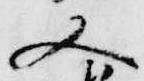
又